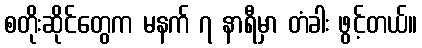
စတိုးဆိုင်တွေက မနက် ၇ နာရီမှာ တံခါး ဖွင့်တယ်။